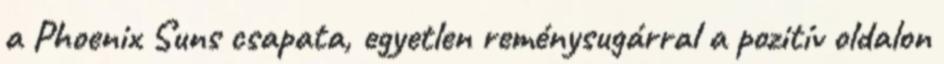
a Phoenix Suns csapata, egyetlen reménysugárral a pozitív oldalon